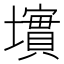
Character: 𱘏